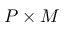
P \times M